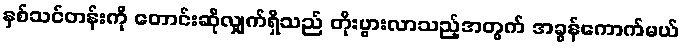
နှစ်သင်တန်းကို တောင်းဆိုလျှက်ရှိသည် တိုးပွားလာသည့်အတွက် အခွန်ကောက်မယ်